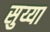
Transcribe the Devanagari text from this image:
सुय्या